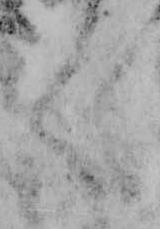
く